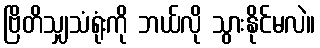
ဗြိတိသျှသံရုံးကို ဘယ်လို သွားနိုင်မလဲ။